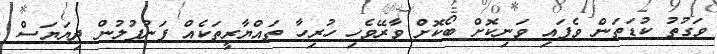
ވަގުތު ކުޑަތަން ވެފައި ވަނިކޮށް ބޯކޮށް ވާރޭވެހި ހުރިހާ ތައްޔާރީތަކެއް ފަނުފުލުން ދިޔަޔަސް